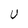
Character: U